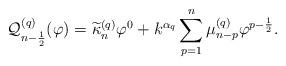
LaTeX: \begin{align*} \mathcal{Q}_{n-\frac{1}{2}}^{(q)}(\varphi) = \widetilde{\kappa}_n^{(q)} \varphi^0 + k^{\alpha_q}\sum\limits_{p=1}^{n} \mu_{n-p}^{(q)} \varphi^{p-\frac{1}{2}}. \end{align*}